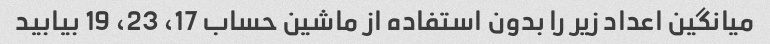
میانگین اعداد زیر را بدون استفاده از ماشین حساب 17، 23، 19 بیابید